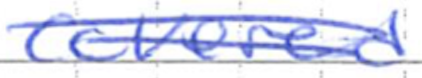
Text: covered
Cross-out: double-line
Writing tool: ballpoint